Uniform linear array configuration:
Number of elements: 8
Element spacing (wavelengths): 1
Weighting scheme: cosine
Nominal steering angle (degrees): -15
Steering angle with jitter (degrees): -15.199
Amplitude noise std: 0.05
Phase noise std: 0.05

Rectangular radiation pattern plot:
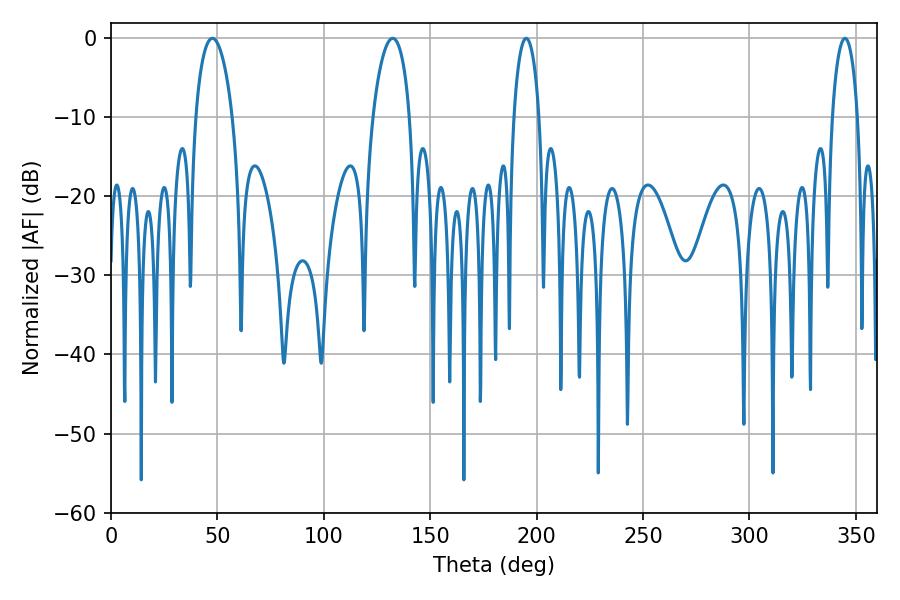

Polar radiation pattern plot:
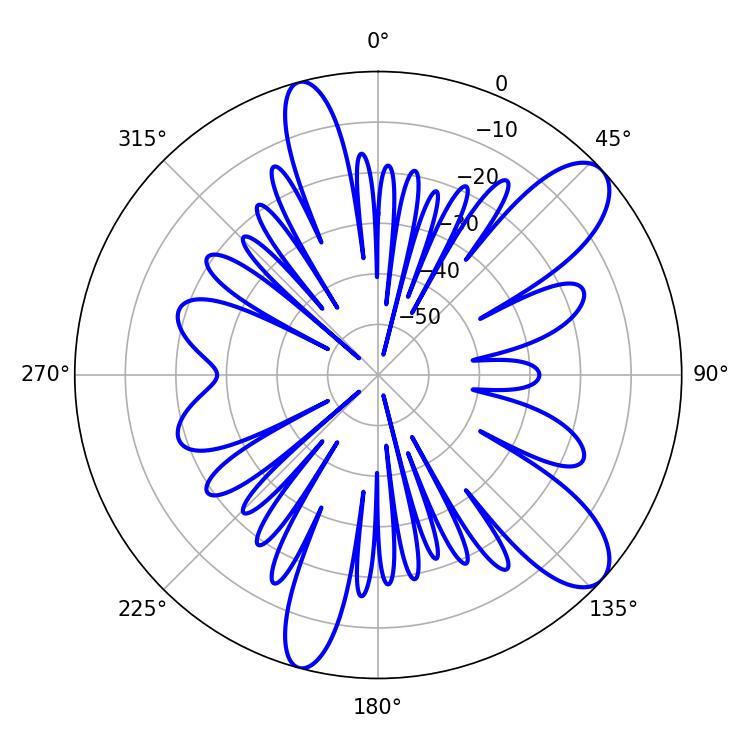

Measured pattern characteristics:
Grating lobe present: TRUE
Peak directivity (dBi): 9.977
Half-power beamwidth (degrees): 6.84
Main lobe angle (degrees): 195.12